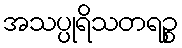
အသပ္ပုရိသတရဉ္စ